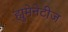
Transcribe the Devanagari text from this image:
ह्युमेनेटीज